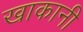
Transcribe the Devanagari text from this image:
खाकानी